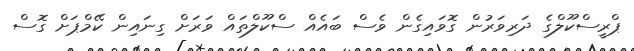
ޕްރީސްކޫލްގެ ދަރިވަރުން ގޮވައިގެން ވެސް ބައެއް ސްކޫލްތައް ވަރަށް ގިނައިން ކޭމްޕަށް ގޮސް